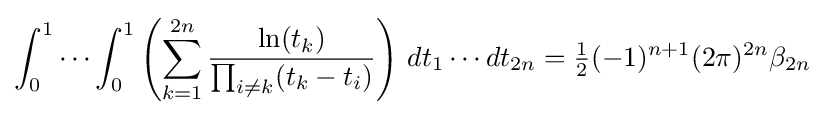
\int _{0}^{1}\cdots \int _{0}^{1}\left(\sum _{k=1}^{2n}{\frac {\ln(t_{k})}{\prod _{i\neq k}(t_{k}-t_{i})}}\right)\,dt_{1}\cdots dt_{2n}={\tfrac {1}{2}}(-1)^{n+1}(2\pi )^{2n}\beta _{2n}